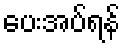
ပေးအပ်ရန်